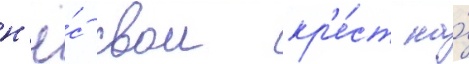
н'ё́с свои кр'е́ст на́